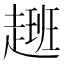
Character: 𮚽